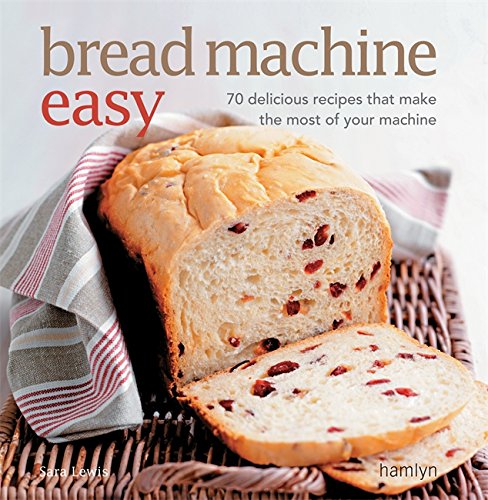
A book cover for Bread Machine Easy: 70 Delicious Recipes That Make the Most of Your Machine; Sara Lewis; Cookbooks, Food & Wine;